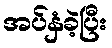
အပ်နှံခဲ့ပြီး